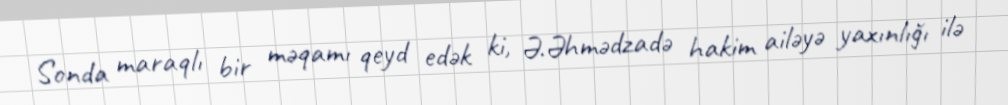
Sonda maraqlı bir məqamı qeyd edək ki, Ə.Əhmədzadə hakim ailəyə yaxınlığı ilə